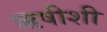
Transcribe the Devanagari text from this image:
ऋषीशी